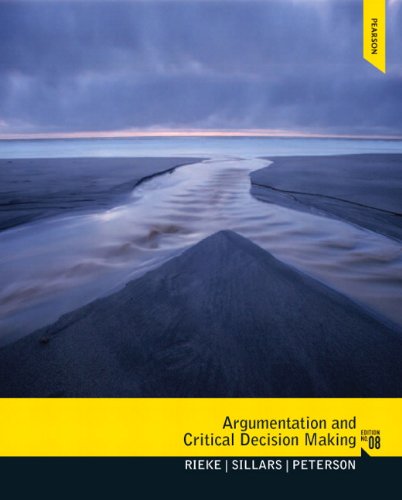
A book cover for Argumentation and Critical Decision Making (8th Edition); Richard D. Rieke; Reference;